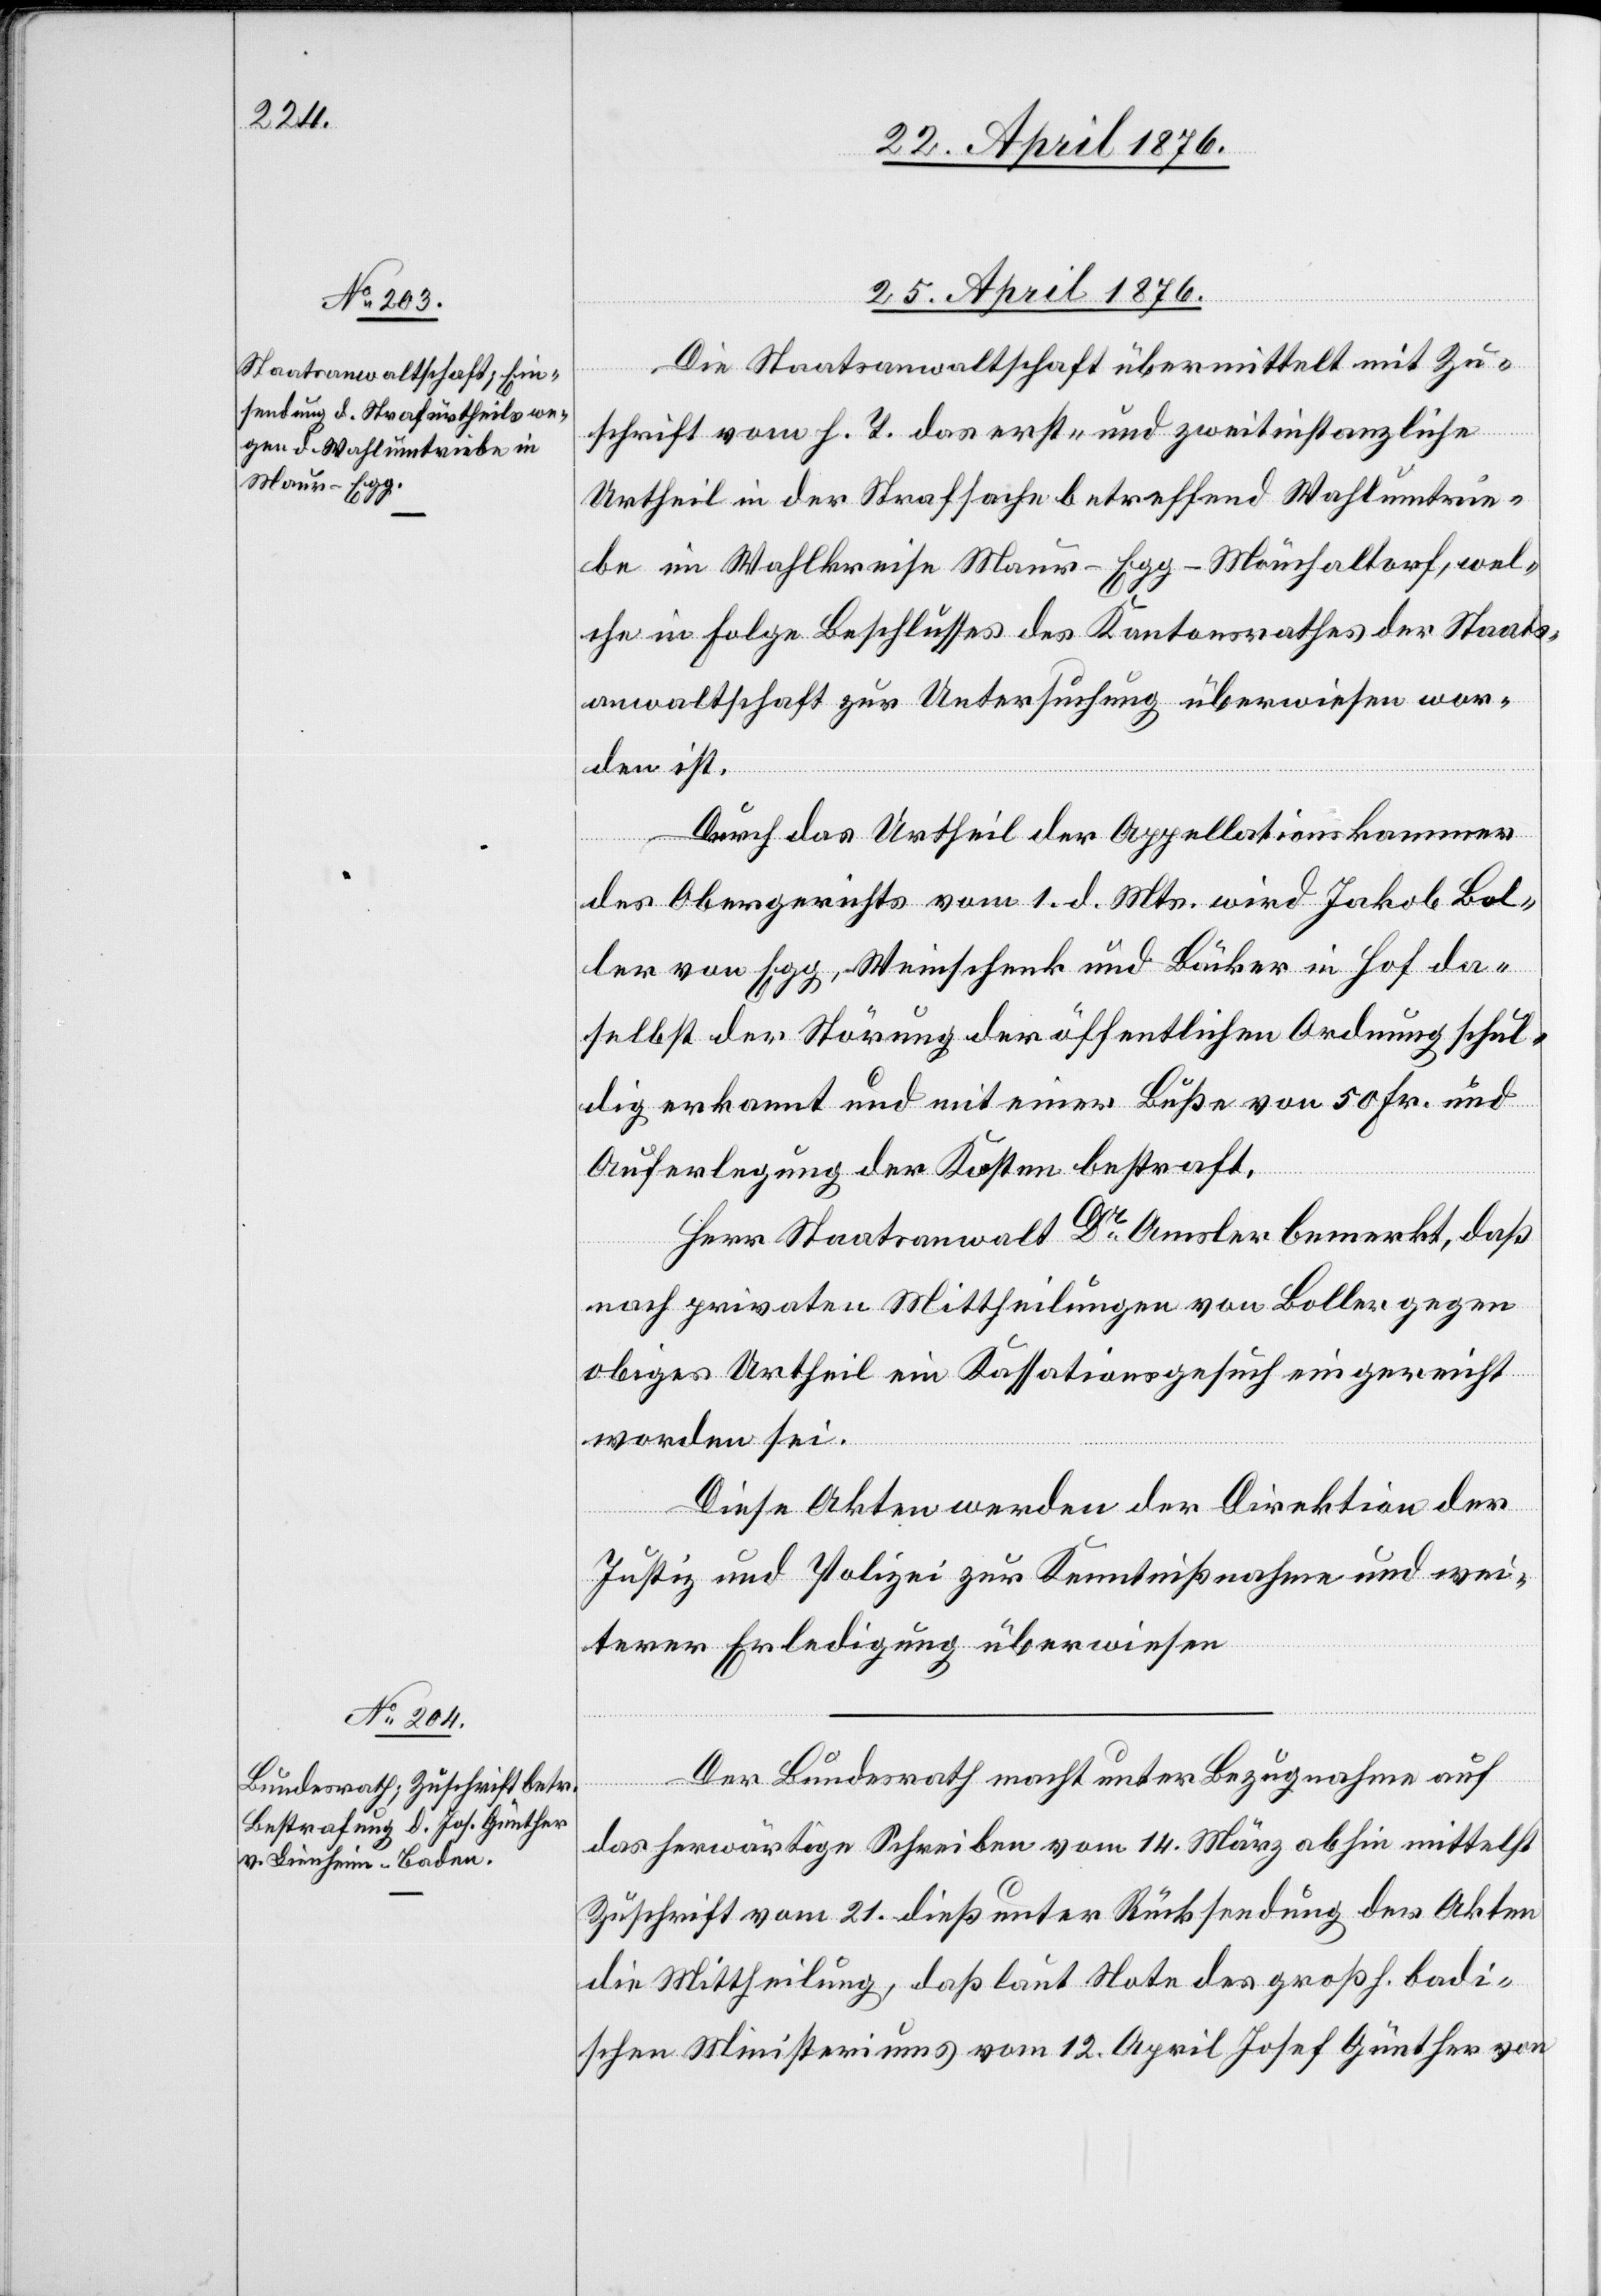
25. April 1876.]
Die Staatsanwaltschaft übermittelt mit Zu¬
schrift vom h. T. das erst- und zweitinstanzliche
Urtheil in der Strafsache betreffend Wahlumtrie¬
be im Wahlkreise Maur-Egg-Mönchaltorf, wel¬
che in Folge Beschlusses des Kantonsrathes der Staats¬
anwaltschaft zur Untersuchung überwiesen wor¬
den ist
Durch das Urtheil der Appellationskammer
des Obergerichts vom 1. d. Mts. wird Jakob Bol¬
ler von Egg, Weinschenk und Bäcker in Hof da¬
selbst der Störung der öffentlichen Ordnung schul¬
dig erkannt und mit einer Buße von 50 Fr. und
Auferlegung der Kosten bestraft.
Herr Staatsanwalt Dr Amsler bemerkt, daß
nach privaten Mittheilungen von Boller gegen
obiges Urtheil ein Kassationsgesuch eingereicht
worden sei.
Diese Akten werden der Direktion der
Justiz und Polizei zur Kenntnißnahme und wei¬
terer Erledigung überwiesen.
Der Bundesrath macht unter Bezugnahme auf
das herwärtige Schreiben vom 14. März abhin mittelst
Zuschrift vom 21. dieß unter Rücksendung der Akten
die Mittheilung, daß laut Note des großh. badi¬
schen Ministeriums vom 12. April Josef Günther von